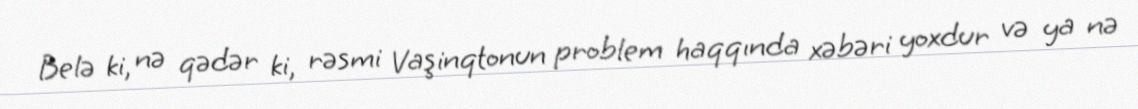
Belə ki, nə qədər ki, rəsmi Vaşinqtonun problem haqqında xəbəri yoxdur və ya nə